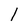
Character: l